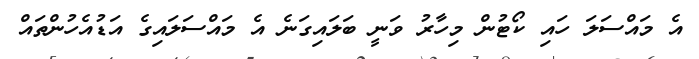
އެ މައްސަލަ ހައި ކޯޓުން މިހާރު ވަނީ ބަލައިގަނެ އެ މައްސަލައިގެ އަޑުއެހުންތައް